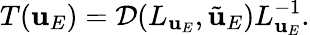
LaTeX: T(\mathbf{u}_{E})=\mathcal{{D}}(L_{\mathbf{u}_{E}},\tilde{{\mathbf{u}}}_{E})L_{\mathbf{u}_{E}}^{-1}.